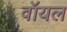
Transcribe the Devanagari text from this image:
वॉयल